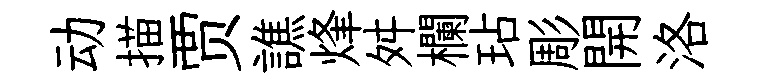
动描贾譙烽舛欄玷彫開洛